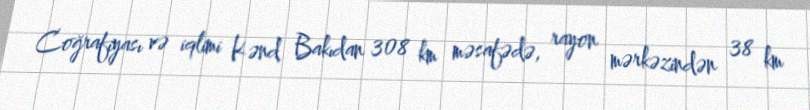
Coğrafiyası və iqlimi Kənd Bakıdan 308 km məsafədə, rayon mərkəzindən 38 km